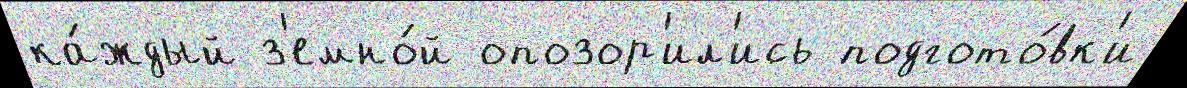
ка́ждый з'емно́й опозор'ил'ись подгото́вк'и